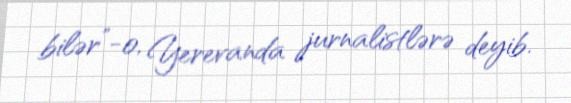
bilər”-o, Yerevanda jurnalistlərə deyib.